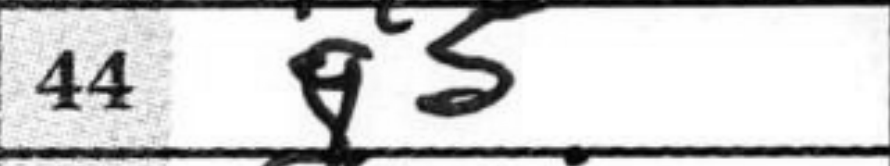
Transcription: g5